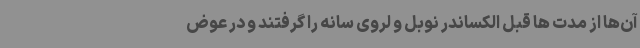
آن‌ها از مدت ها قبل الکساندر نوبل و لروی سانه را گرفتند و در عوض